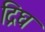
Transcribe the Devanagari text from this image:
द्रिघ